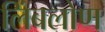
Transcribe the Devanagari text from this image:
लिंबलोण